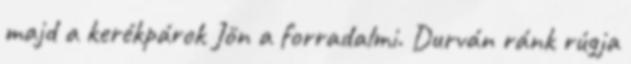
majd a kerékpárok Jön a forradalmi. Durván ránk rúgja